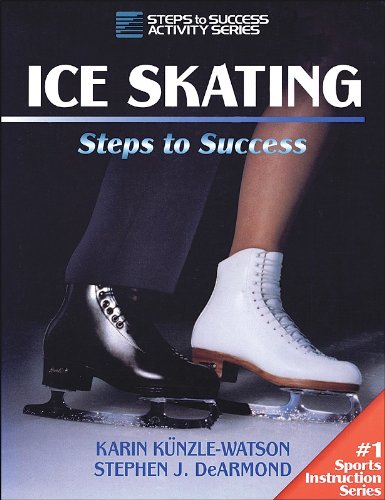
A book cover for Ice Skating: Steps to Success; Karin Kunzle-Watson; Sports & Outdoors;